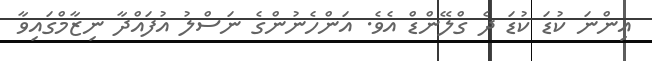
އިންނަ ކުޑަ ކުޑަ ދެ ގްލޭންޑް އެވެ. އަންހެނުންގެ ނަސްލު އުފައްދާ ނިޒާމްގައިވާ